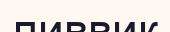
ливвик